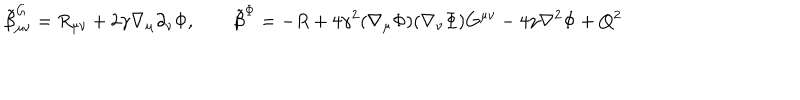
LaTeX: { \tilde { \beta } } _ { \mu \nu } ^ { G } = R _ { \mu \nu } + 2 \gamma \nabla _ { \mu } \partial _ { \nu } \Phi , \qquad { \tilde { \beta } } ^ { \Phi } = - R + 4 \gamma ^ { 2 } ( \nabla _ { \mu } \Phi ) ( \nabla _ { \nu } \Phi ) G ^ { \mu \nu } - 4 \gamma \nabla ^ { 2 } \Phi + Q ^ { 2 }